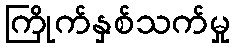
ကြိုက်နှစ်သက်မှု